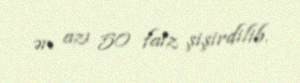
ən azı 50 faiz şişirdilib.